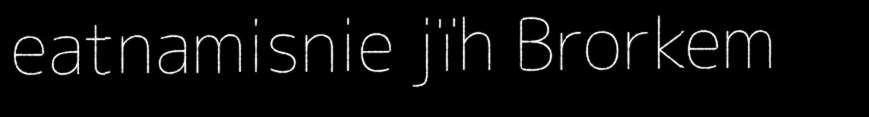
eatnamisnie jïh Brorkem